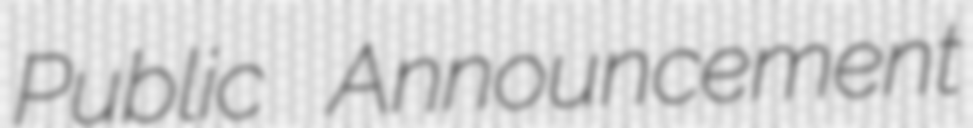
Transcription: Public Announcement